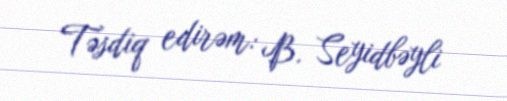
Təsdiq edirəm: B. Seyidbəyli